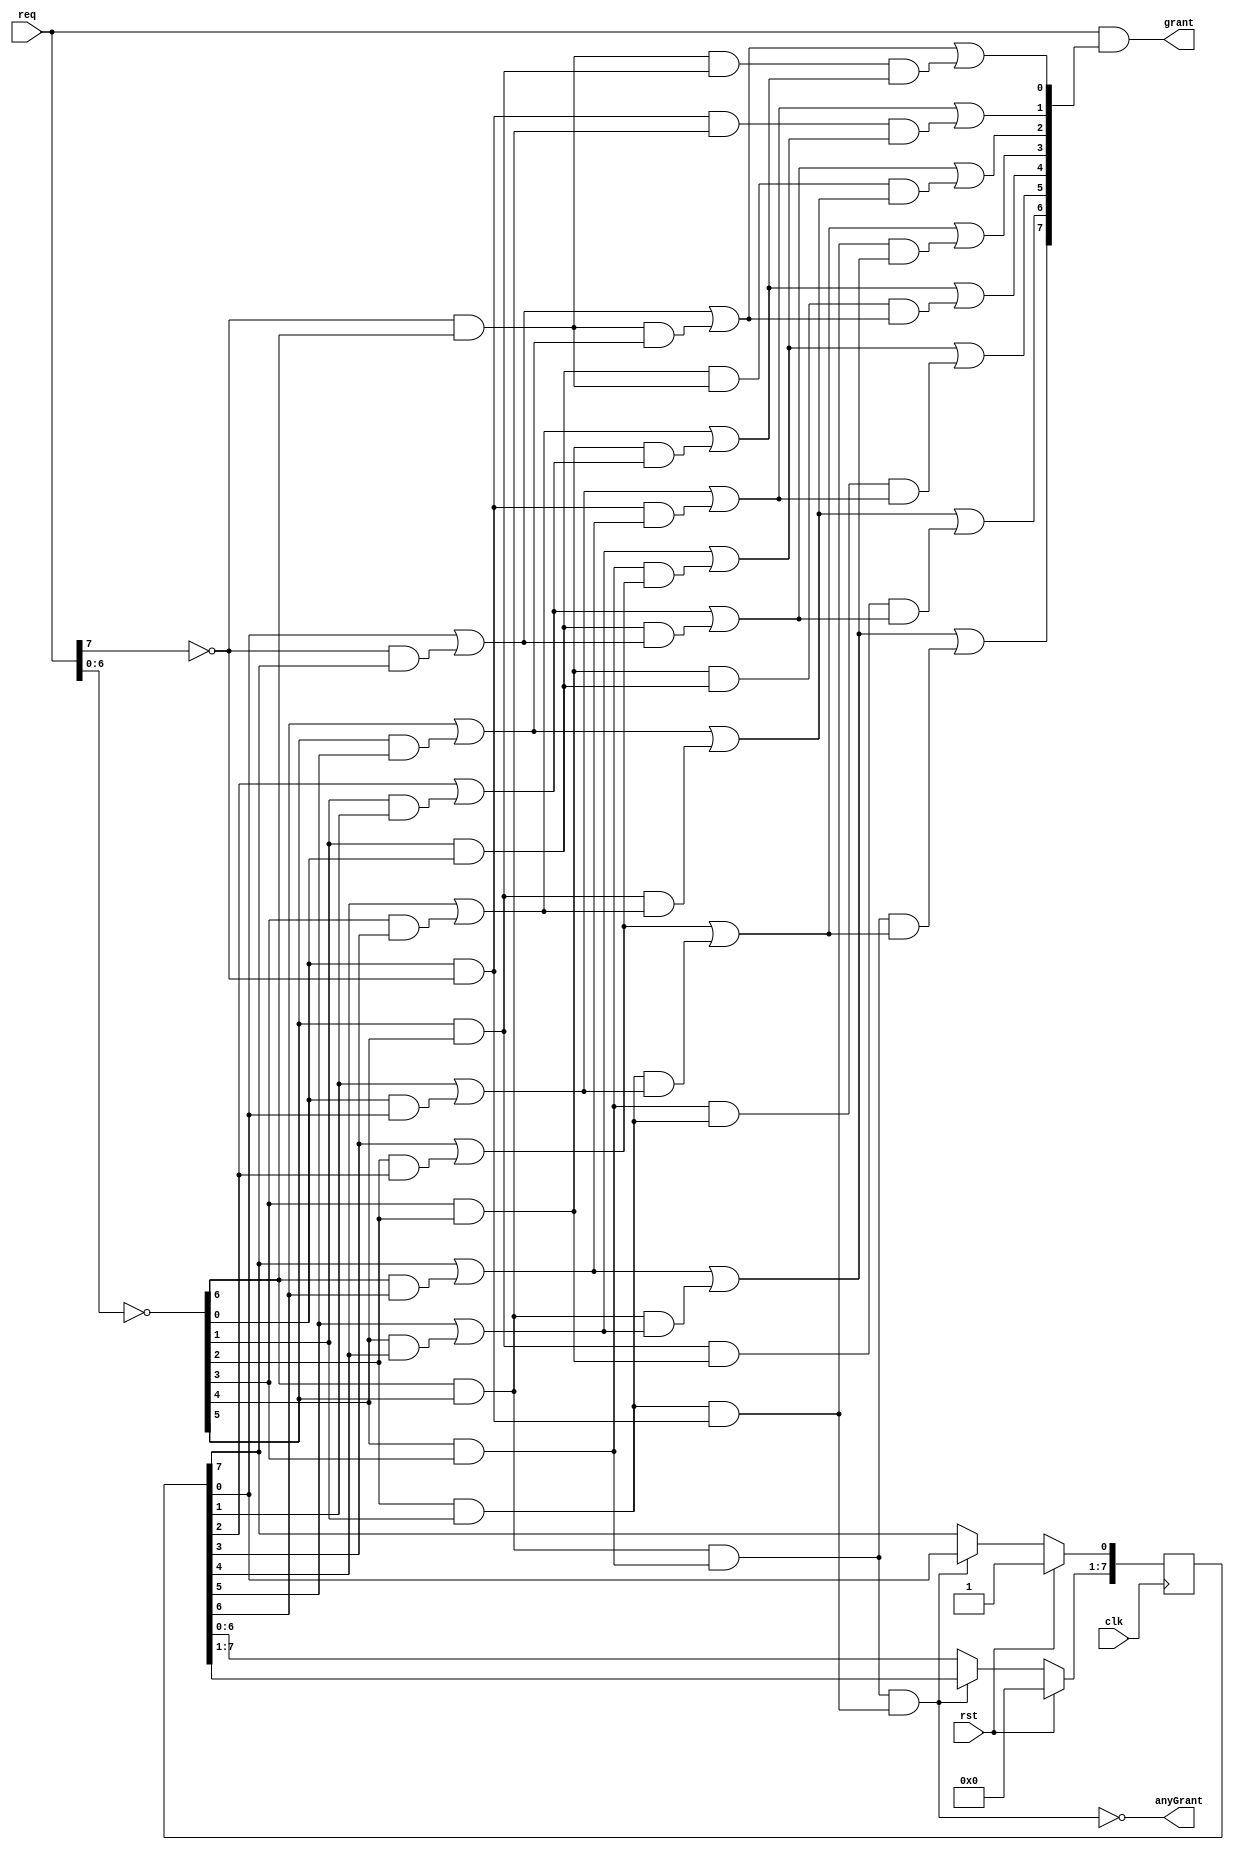
/*
 ***************************************************
 * Round-robin arbiter with variable priority vector
 * ---------------------
 * Mitesh Khadgi
 * Oct. 2015
 ***************************************************
 */
`timescale 1ns/1ps 
module round_robin_arbiter(clk, 
               rst, 
               req, 
               grant,
               anyGrant);

  parameter N = 8;
  parameter S = 3; // ceil of log_2 of N - put manually
  parameter CHOICE = 0;  // 0 blind round-robin and 1 true round robin

  // I/O interface
  input           clk;
  input           rst;
  input  [N-1:0]  req;
  output [N-1:0]  grant;
  output          anyGrant;
  
  // internal pointers
  reg [N-1:0] priority; // one-hot priority vector
  
  
  // Outputs of combinational logic - real wires - declared as regs for use in a alway block
  // Better to change to wires and use generate statements in the future
  
  reg [N-1:0]  g[S:0]; // S levels of priority generate
  reg [N-1:0]  p[S-1:0]; // S-1 levels of priority propagate

  // internal synonym wires of true outputs anyGrant and grant 
  wire anyGnt;
  wire [N-1:0] gnt;

  assign anyGrant = anyGnt;
  assign grant = gnt;
  
  


/////////////////////////////////////////////////
// Parallel prefix arbitration phase
/////////////////////////////////////////////////
  integer i,j;

  // arbitration phase
  always@(req or priority)
    begin
      // transfer request vector to the first propagate positions
      p[0] = {~req[N-2:0], ~req[N-1]};

      // transfer priority vector to the first generate positions
      g[0] = priority;
      
      // first log_2n - 1 prefix levels
      for (i=1; i < S; i = i + 1) begin
        for (j = 0; j < N ; j = j + 1) begin
          if (j-2**(i-1) < 0) begin
            g[i][j] = g[i-1][j] | (p[i-1][j] & g[i-1][N+j-2**(i-1)]);           
            p[i][j] = p[i-1][j] & p[i-1][N+j-2**(i-1)];
          end else begin
            g[i][j] = g[i-1][j] | (p[i-1][j] & g[i-1][j-2**(i-1)]);           
            p[i][j] = p[i-1][j] & p[i-1][j-2**(i-1)];
          end            
        end
      end  
      
      // last prefix level
      for (j = 0; j < N; j = j + 1) begin
        if (j-2**(S-1) < 0) 
          g[S][j] = g[S-1][j] | (p[S-1][j] & g[S-1][N+j-2**(S-1)]);           
        else
          g[S][j] = g[S-1][j] | (p[S-1][j] & g[S-1][j-2**(S-1)]);           
      end
    end      
  
  // any grant generation at last prefix level
  assign anyGnt = ~(p[S-1][N-1] & p[S-1][N/2-1]);
  
  // output stage logic
  assign gnt  = req & g[S];  


/////////////////////////////////////////////////
// Pointer update logic
// ------------------------
// Version 1 - blind round robin CHOICE = 0
// Priority visits each input in a circural manner irrespective the granted output
// ------------------------
// Version 2 - true round robin CHOICE = 1
// Priority moves next to the granted output
// ------------------------
// Priority moves only when a grant was given, i.e., at least one active request
//////////////////////////////////////////////////

  always@(posedge clk)
    begin
      if (rst == 1'b1) begin
        priority <= 1;
      end else begin
        // update pointers only if at leas one match exists
        if (anyGnt == 1'b1) begin  
            if (CHOICE == 0) begin // blind circular round robin
                // shift left one-hot priority vector
                priority[N-1:1] <= priority[N-2:0];
                priority[0] <= priority[N-1];  
            end else begin // true round robin
                // shift left one-hot grant vector
                priority[N-1:1] <= grant[N-2:0];
                priority[0] <= grant[N-1];  
            end    
        end
      end
    end

 
endmodule